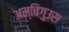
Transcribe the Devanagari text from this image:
अम्बिगुउस